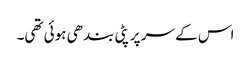
اس کے سر پر پٹی بندھی ہوئی تھی۔